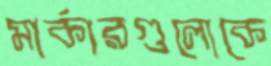
মার্কারগুলোকে